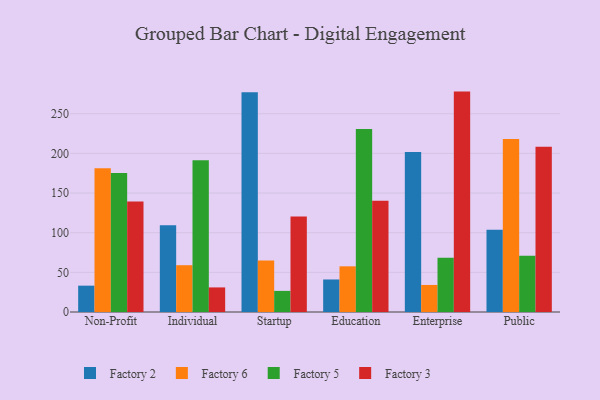
{"axis": {"x": "Segment", "y": "Bounce Rate (%)"}, "legend": ["Factory 2", "Factory 3", "Factory 5", "Factory 6"], "data": [{"x": "Non-Profit", "y": 33.2, "type": "Factory 2"}, {"x": "Non-Profit", "y": 181.4, "type": "Factory 6"}, {"x": "Non-Profit", "y": 175.3, "type": "Factory 5"}, {"x": "Non-Profit", "y": 139.3, "type": "Factory 3"}, {"x": "Individual", "y": 109.5, "type": "Factory 2"}, {"x": "Individual", "y": 59.0, "type": "Factory 6"}, {"x": "Individual", "y": 191.3, "type": "Factory 5"}, {"x": "Individual", "y": 31.0, "type": "Factory 3"}, {"x": "Startup", "y": 277.2, "type": "Factory 2"}, {"x": "Startup", "y": 64.8, "type": "Factory 6"}, {"x": "Startup", "y": 26.6, "type": "Factory 5"}, {"x": "Startup", "y": 120.4, "type": "Factory 3"}, {"x": "Education", "y": 41.0, "type": "Factory 2"}, {"x": "Education", "y": 57.6, "type": "Factory 6"}, {"x": "Education", "y": 230.7, "type": "Factory 5"}, {"x": "Education", "y": 140.2, "type": "Factory 3"}, {"x": "Enterprise", "y": 201.6, "type": "Factory 2"}, {"x": "Enterprise", "y": 34.1, "type": "Factory 6"}, {"x": "Enterprise", "y": 68.3, "type": "Factory 5"}, {"x": "Enterprise", "y": 277.9, "type": "Factory 3"}, {"x": "Public", "y": 103.8, "type": "Factory 2"}, {"x": "Public", "y": 218.1, "type": "Factory 6"}, {"x": "Public", "y": 71.0, "type": "Factory 5"}, {"x": "Public", "y": 208.4, "type": "Factory 3"}]}